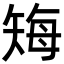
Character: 𬑲